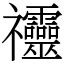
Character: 䄥